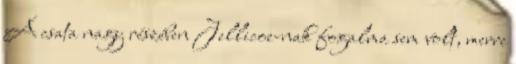
A csata nagy részében Jellicoe-nak fogalma sem volt, merre